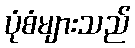
ပုံစံများသည်